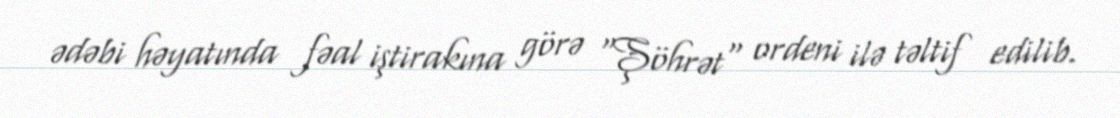
ədəbi həyatında fəal iştirakına görə "Şöhrət" ordeni ilə təltif edilib.